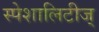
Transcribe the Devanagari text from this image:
स्पेशालिटीज्